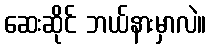
ဆေးဆိုင် ဘယ်နားမှာလဲ။